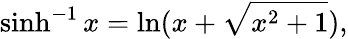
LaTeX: \sinh^{-1}{x}=\ln(x+{\sqrt{x^{2}+1}}),